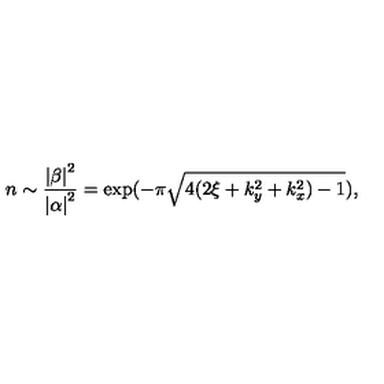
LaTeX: n \sim \frac { \left| \beta \right| ^ { 2 } } { \left| \alpha \right| ^ { 2 } } = \exp ( - \pi \sqrt { 4 ( 2 \xi + k _ { y } ^ { 2 } + k _ { x } ^ { 2 } ) - 1 } ) ,